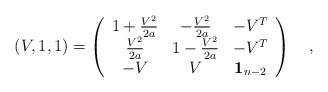
LaTeX: \begin{align*}\left( V,1,1\right) =\left( \begin{array}{ccc}1+\frac{V^2}{2a} & -\frac{V^2}{2a} & -V^T \\ \frac{V^2}{2a} & 1-\frac{V^2}{2a} & -V^T \\ -V & V & {\bf 1}_{n-2} \end{array}\right) \quad ,\end{align*}